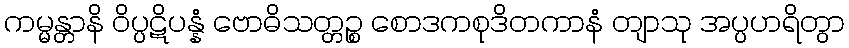
ကမ္မန္တာနိ ဝိပ္ပဋိပန္နံ ဗောဓိသတ္တဉ္စ စောဒကစုဒိတကာနံ တျာသု အပ္ပဟရိတွာ